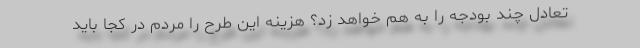
تعادل چند بودجه را به هم خواهد زد؟ هزینه این طرح را مردم در کجا باید